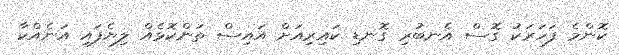
ކޮންމެ ފަހަރަކު ގޮސް އެނބުރި ގޮނޑި ކައިރިއަށް އައިސް ތަންކޮޅެއް ލިޔެފައި އަނެއްކާ